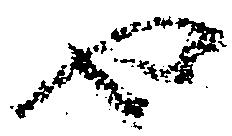
也